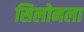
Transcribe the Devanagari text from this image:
सिलोनला